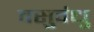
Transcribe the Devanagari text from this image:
वसुवंधु